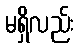
မရှိလည်း